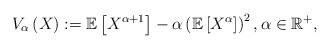
LaTeX: \begin{align*}V_{\alpha }\left ( X \right ):= \mathbb{E}\left [ X^{\alpha +1} \right ]-\alpha \left ( \mathbb{E} \left [ X^{\alpha} \right ]\right )^{2}, \alpha\in\mathbb{R}^{+},\end{align*}